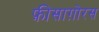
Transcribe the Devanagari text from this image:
फ़ीसाग़ोरस